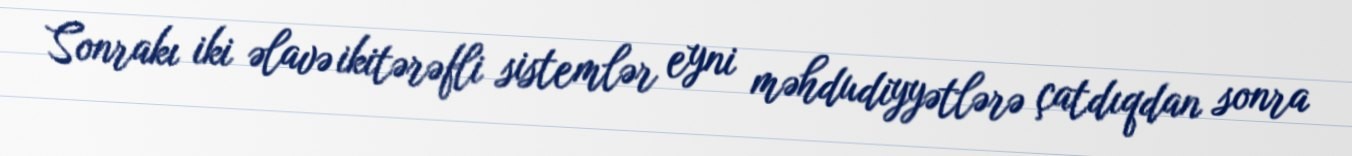
Sonrakı iki əlavə ikitərəfli sistemlər eyni məhdudiyyətlərə çatdıqdan sonra